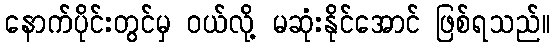
နောက်ပိုင်းတွင်မှ ဝယ်လို့ မဆုံးနိုင်အောင် ဖြစ်ရသည်။